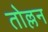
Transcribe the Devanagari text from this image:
तोल्लन